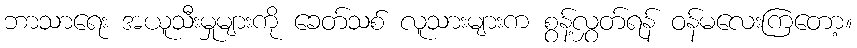
ဘာသာရေး အယူသီးမှုများကို ခေတ်သစ် လူသားများက စွန့်လွှတ်ရန် ဝန်မလေးကြတော့။